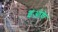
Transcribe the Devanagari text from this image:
इओके